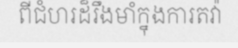
ពីជំហរដ៏រឹងមាំក្នុងការតវ៉ា